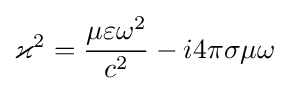
\varkappa ^{2}={\frac {\mu \varepsilon \omega ^{2}}{c^{2}}}-i4\pi \sigma \mu \omega